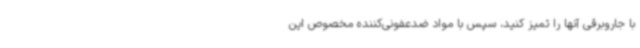
با جاروبرقی آنها را تمیز کنید، سپس با مواد ضدعفونی‌کننده مخصوص این